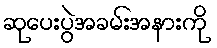
ဆုပေးပွဲအခမ်းအနားကို